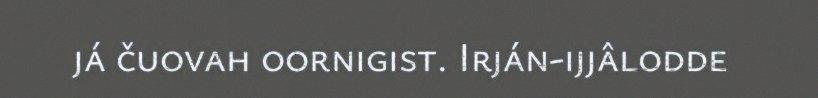
já čuovah oornigist. Irján-ijjâlodde